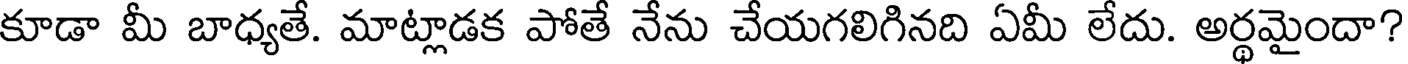
కూడా మీ బాధ్యతే. మాట్లాడక పోతే నేను చేయగలిగినది ఏమీ లేదు. అర్థమైందా?